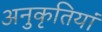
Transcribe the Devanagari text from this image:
अनुकृतियां